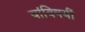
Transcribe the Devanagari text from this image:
यांविषयीं